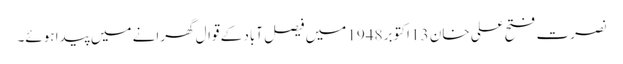
نصرت فتح علی خان 13 اکتوبر 1948 میں فیصل آباد کے قوال گھرانے میں پیدا ہوئے۔